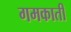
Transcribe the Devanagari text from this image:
गमकाती